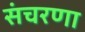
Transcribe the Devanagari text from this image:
संचरणा